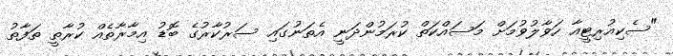
"ސެކިއުރިޓީއާ ހަވާލުވުމަށް މަސައްކަތް ކުރަމުންދަނީ އެތަނުގައި ސަރުކާރުގެ ބޮޑު އިމާރާތެއް ކުރާތީ ތަފާތު